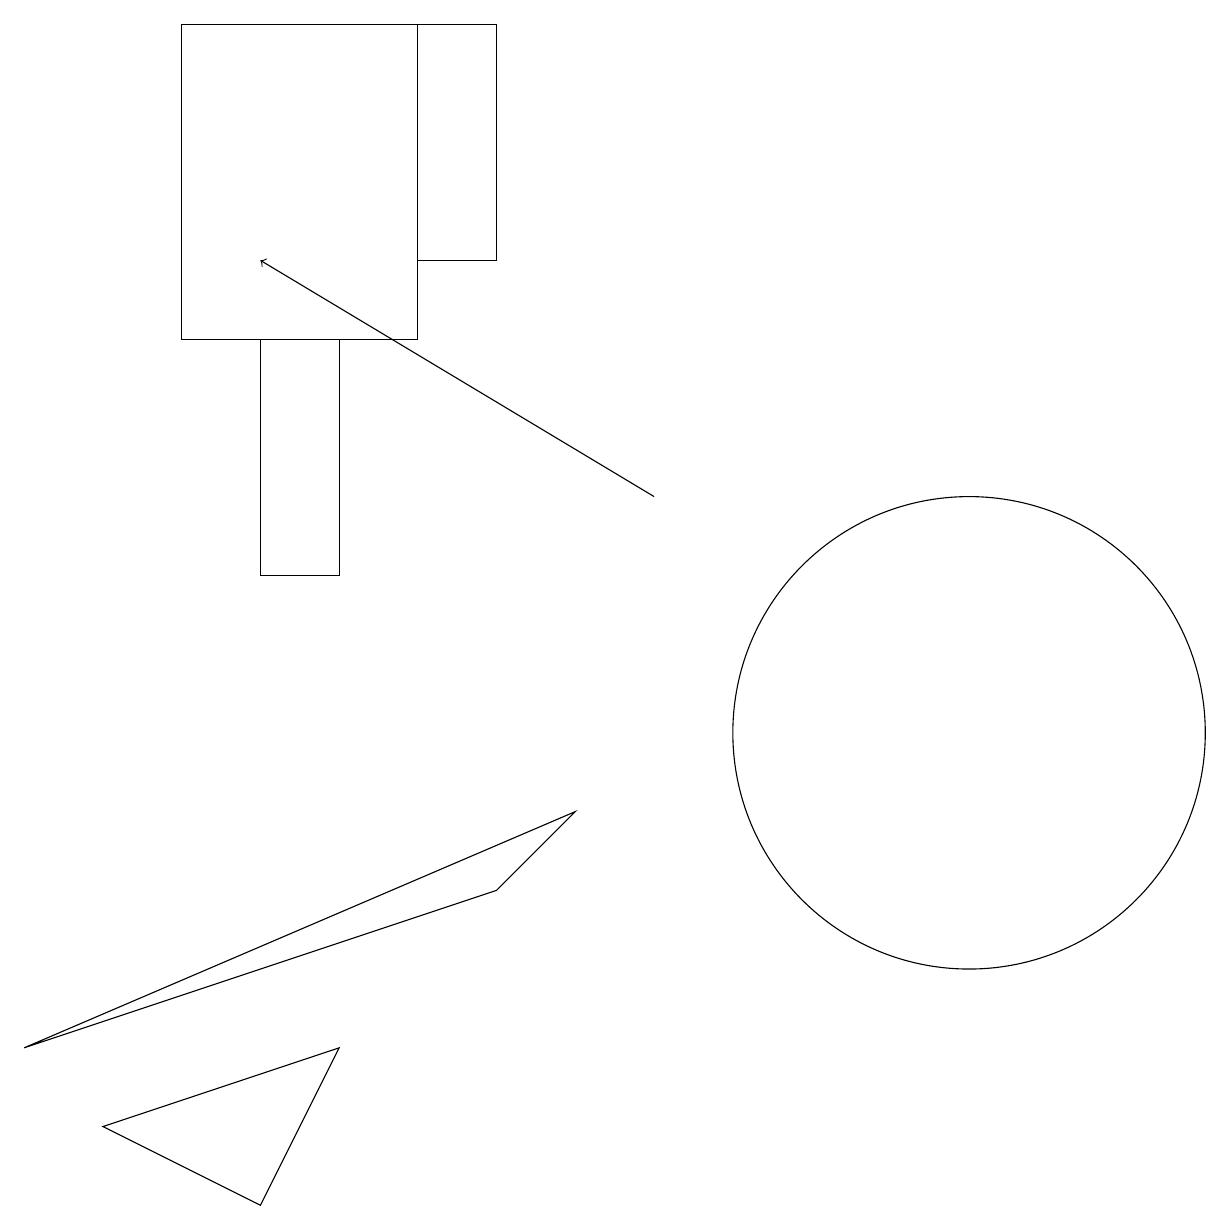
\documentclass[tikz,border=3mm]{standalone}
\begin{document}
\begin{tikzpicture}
\draw (7,9) -- (0,6) -- (6,8) -- cycle;
\draw[->] (8,13) -- (3,16);
\draw (4,12) rectangle (3,15);
\draw (4,6) -- (3,4) -- (1,5) -- cycle;
\draw (2,15) rectangle (5,19);
\draw (12,10) circle (3);
\draw (5,19) rectangle (6,16);
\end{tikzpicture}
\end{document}